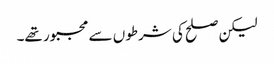
لیکن صلح کی شرطوں سے مجبور تھے۔